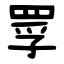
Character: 罦